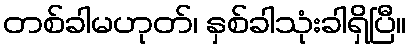
တစ်ခါမဟုတ်၊ နှစ်ခါသုံးခါရှိပြီ။